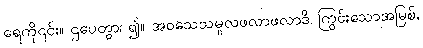
ရေကို၎င်း။ ဌပေတွာ၊ ၍။ အဝသေသမူလဖလာဖလာဒိ၊ ကြွင်းသောအမြစ်,